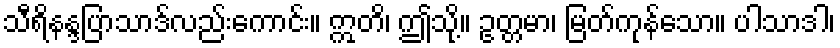
သီရိနန္ဒပြာသာဒ်လည်းကောင်း။ ဣတိ၊ ဤသို့။ ဥတ္တမာ၊ မြတ်ကုန်သော။ ပါသာဒါ၊